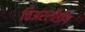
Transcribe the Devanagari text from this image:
चिअरलीडींग